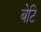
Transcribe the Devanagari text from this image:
बेटि